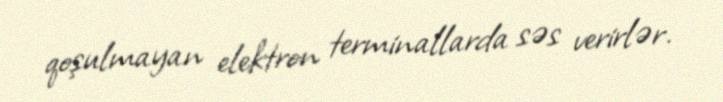
qoşulmayan elektron terminallarda səs verirlər.